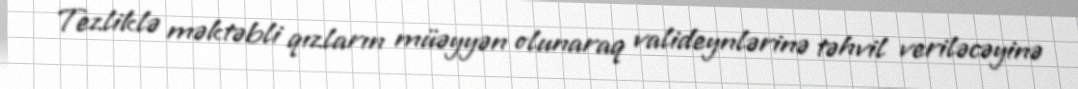
Tezliklə məktəbli qızların müəyyən olunaraq valideynlərinə təhvil veriləcəyinə